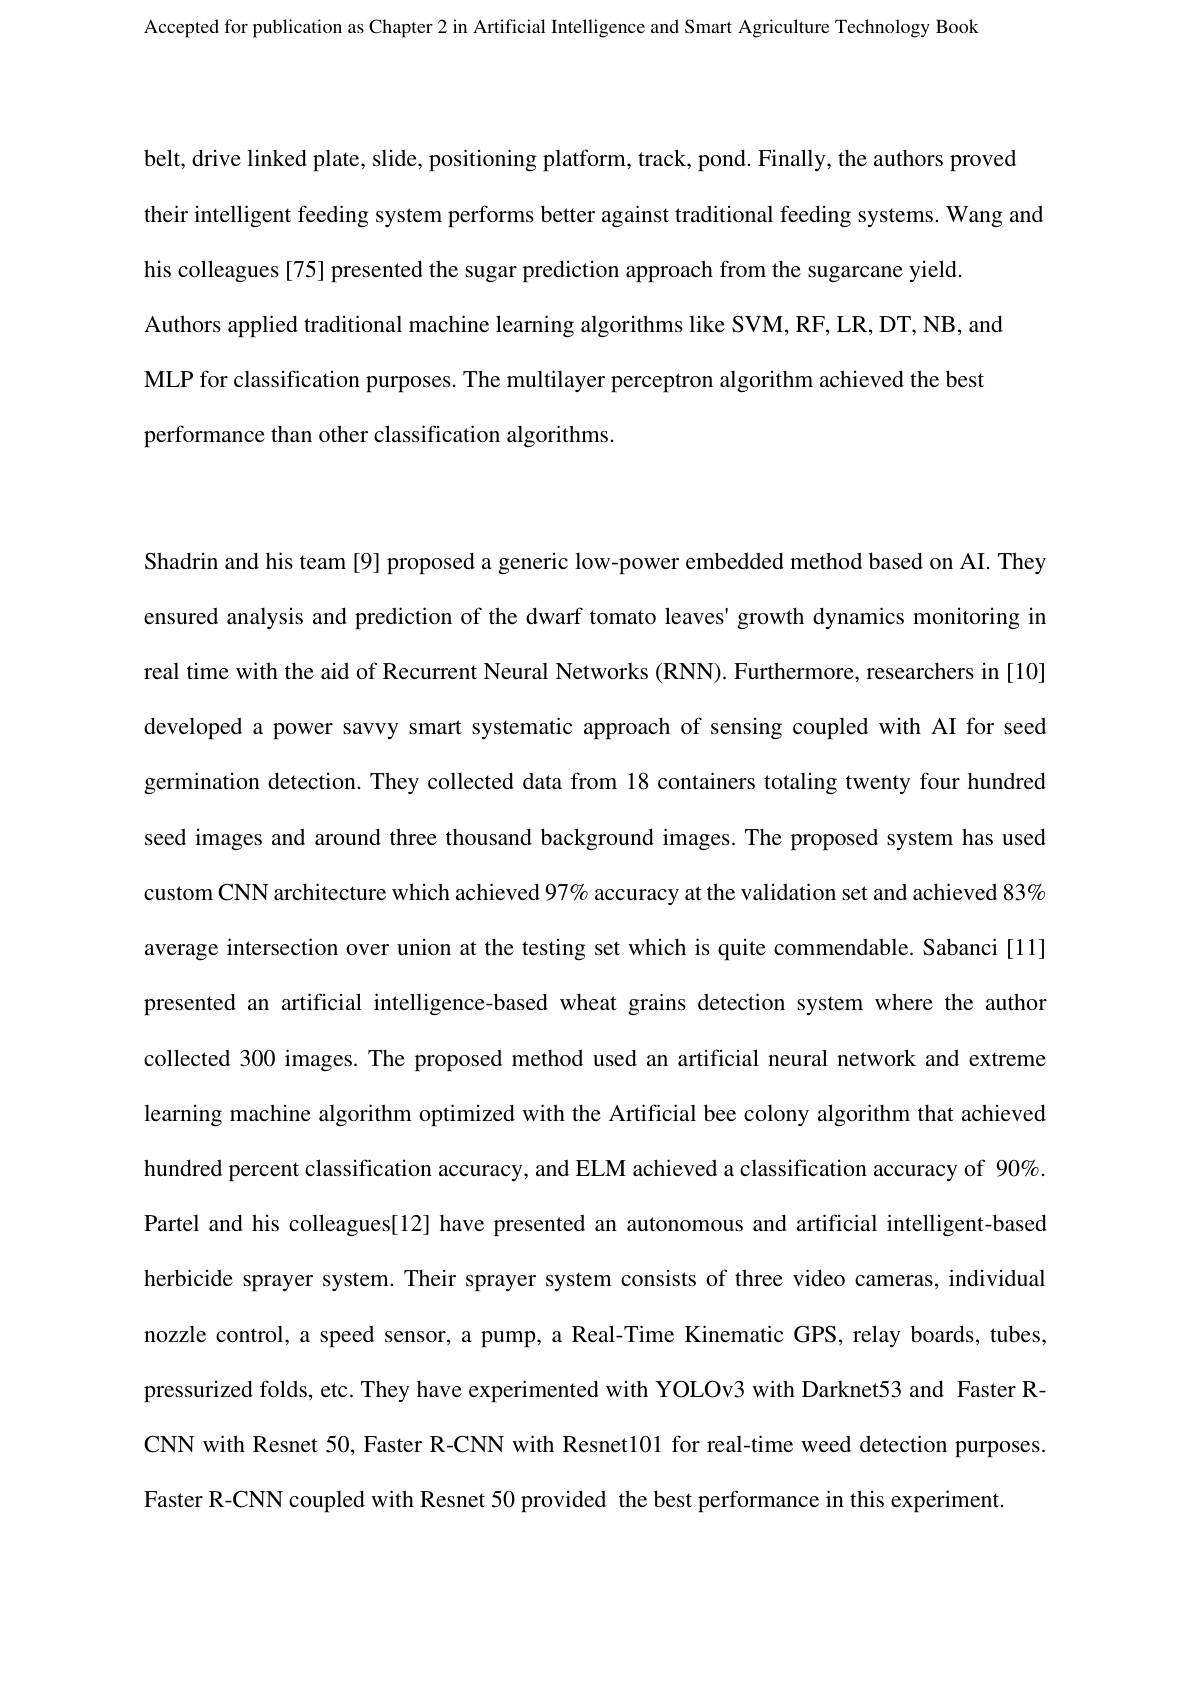
Accepted for publication as Chapter 2 in Artificial Intelligence and Smart Agriculture Technology Book

belt, drive linked plate, slide, positioning platform, track, pond. Finally, the authors proved
their intelligent feeding system performs better against traditional feeding systems. Wang and
his colleagues[75] presented the sugar prediction approach from the sugarcane yield
Authors applied traditional machine learning algorithms like SVM, RF, LR, DT, NB, and MLP for classification purposes. The multilayer perceptron algorithm achieved the best performance than other classification algorithms.

Shadrin and his team [9] proposed a generic low-power embedded method based on AI. They ensured analysis and prediction of the dwarf tomato leaves' growth dynamics monitoring in real time with the aid of Recurrent Neural Networks (RNN). Furthermore, researchers in [10] developed a power savvy smart systematic approach of sensing coupled with AI for seed germination detection. They collected data from 18 containers totaling twenty four hundred seed images and around three thousand background images. The proposed system has used custom CNN architecture which achieved 97% accuracy at the validation set and achieved 83% average intersection over union at the testing set which is quite commendable. Sabanci [11] presented an artificial intelligence-based wheat grains detection system where the authon collected 300 images. The proposed method used an artificial neural network and extreme learning machine algorithm optimized with the Artificial bee colony algorithm that achieved hundred percent classification accuracy, and ELM achieved a classification accuracy of $90\%$ Partel and his colleagues[12] have presented an autonomous and artificial intelligent-based herbicide sprayer system. Their sprayer system consists of three video cameras, individual nozzle control, a speed sensor, a pump, a Real-Time Kinematic GPS, relay boards, tubes, pressurized folds, etc. They have experimented with YOLOv3 with Darknet53 and Faster RCNN with Resnet 50, Faster R-CNN with Resnet101 for real-time weed detection purposes. Faster R-CNN coupled with Resnet 50 provided the best performance in this experiment.